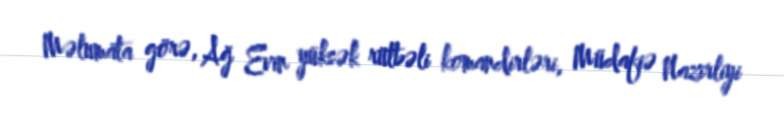
Məlumata görə, Ağ Evin yüksək rütbəli komandirləri, Müdafiə Nazirliyi